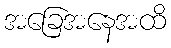
အခြေအနေအထိ